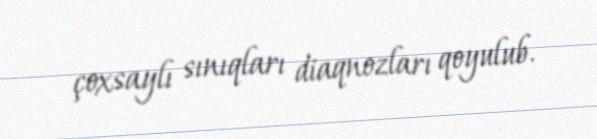
çoxsaylı sınıqları diaqnozları qoyulub.